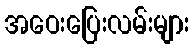
အဝေးပြေးလမ်းများ